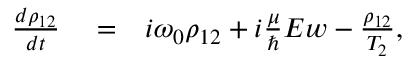
\begin{array} { r l r } { \frac { d \rho _ { 1 2 } } { d t } } & { { } = } & { i \omega _ { 0 } \rho _ { 1 2 } + i \frac { \mu } { \hbar } E w - \frac { \rho _ { 1 2 } } { T _ { 2 } } , } \end{array}